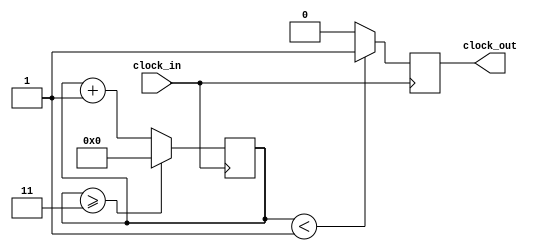
`timescale 1ns / 1ps
//////////////////////////////////////////////////////////////////////////////////
// Company: 
// Engineer: 
// 
// Design Name: 
// Module Name: clock_divider_dens
// Project Name: 
// Target Devices: 
// Tool Versions: 
// Description: 
// 
// Dependencies: 
// 
// Revision:
// Revision 0.01 - File Created
// Additional Comments:
// 
//////////////////////////////////////////////////////////////////////////////////


module clock_divider_dens(clock_in,clock_out);

    input clock_in; // input clock on FPGA
    output reg clock_out; // output clock after dividing the input clock by divisor
    reg[27:0] counter=28'd0;
    parameter DIVISOR = 28'd4; //parameter DIVISOR = 28'd12;
    // The frequency of the output clk_out
    //  = The frequency of the input clk_in divided by DIVISOR
    // For example: Fclk_in = 50Mhz, if you want to get 1Hz signal to blink LEDs
    // You will modify the DIVISOR parameter value to 28'd50.000.000
    // Then the frequency of the output clk_out = 50Mhz/50.000.000 = 1Hz
    
    initial
    begin
        clock_out=0;
    end
    
    always @(posedge clock_in)
    begin
     counter <= counter + 28'd1;
     if(counter>=(DIVISOR-1))
     begin
      counter <= 28'd0;
     end
     clock_out <= (counter<DIVISOR/4)?1'b1:1'b0; // clock_out <= (counter<DIVISOR/12)?1'b1:1'b0;
    
    end
endmodule